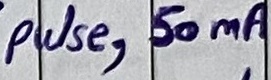
Text: pulse, 50mA